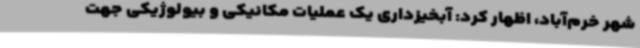
شهر خرم‌آباد، اظهار کرد: آبخیزداری یک عملیات مکانیکی و بیولوژیکی جهت